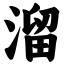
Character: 溜